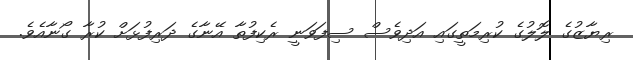
ރިޔާޒުގެ ލޮލުގެ ކުރިމަތީގައި އަދިވެސް ސިފަވަނީ ރެކިފުތާ އޭނާގެ ދަރިފުޅަށް ކުރާ ގޯނާއެވެ.